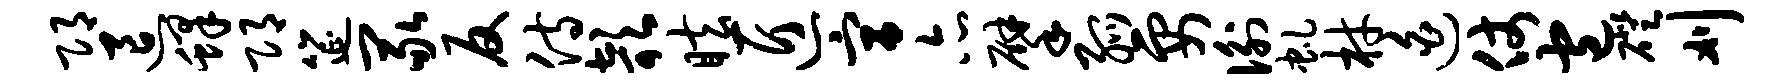
邛退蜂邛筵冢反侍欹眩匠宫亦擘弧要衡虬材迫仗包磴刈